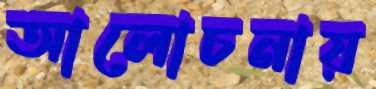
আলোচনায়